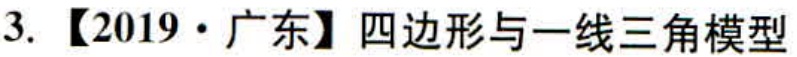
3. 【2019·广东】四边形与一线三角模型